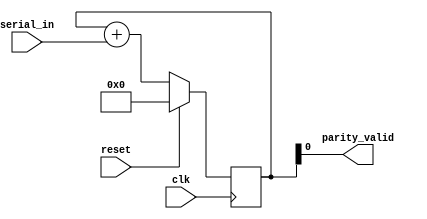
`timescale 1ns / 1ps

//odd_parity_check
//Checks for valid odd parity, with synchronous reset
//Odd parity: number of ONES plus PARITY BIT equals an odd number
//Reads at negedge of clk

module OddParityCheck (input serial_in,
			           input clk,
					   input reset,
                       output parity_valid);
								 
reg[3:0] counter;

//Valid if it is an odd number
assign parity_valid = counter[0];

always@(negedge clk) begin
	if (reset) begin
		counter <= 0;
	end
	else begin
		counter <= counter + serial_in;
	end
end

endmodule